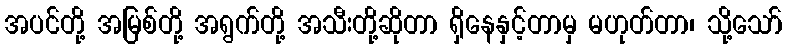
အပင်တို့ အမြစ်တို့ အရွက်တို့ အသီးတို့ဆိုတာ ရှိနေနှင့်တာမှ မဟုတ်တာ၊ သို့သော်